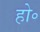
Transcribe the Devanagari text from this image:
हो॰